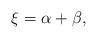
LaTeX: \begin{align*}\xi = \alpha + \beta,\end{align*}